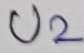
Text: U2